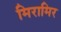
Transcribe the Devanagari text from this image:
मिरामिर